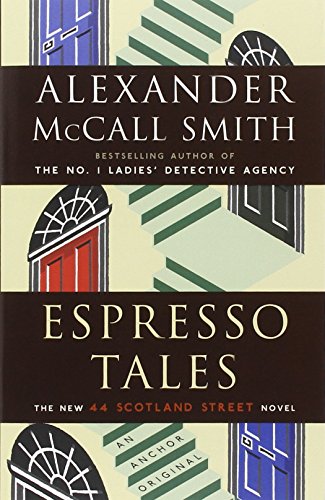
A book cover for Espresso Tales; Alexander McCall Smith; Literature & Fiction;